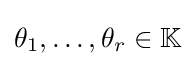
\theta _{1},\dots ,\theta _{r}\in \mathbb {K}